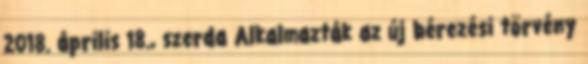
2018. április 18., szerda Alkalmazták az új bérezési törvény